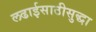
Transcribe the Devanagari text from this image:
लढाईसाठीसुद्धा